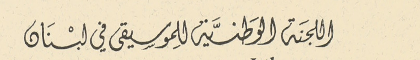
اللجنَة الوَطنيَّة لِلموسِيقى في لبْنَان